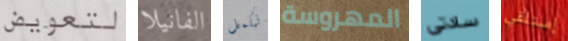
لتعويض الفانيلا نكمل المهروسة سادتى إستلقي